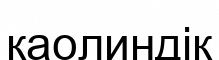
каолиндік